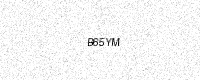
Text: B65YM